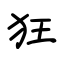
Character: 狂